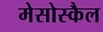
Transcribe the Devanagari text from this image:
मेसोस्कैल